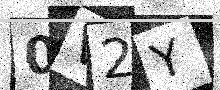
Text: 0V2Y